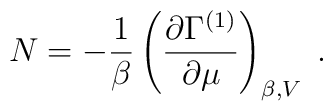
N = -\frac{1}{\beta}\left(\frac{\partial\Gamma^{(1)}}{\partial\mu}\right)_{\beta,V}\;.